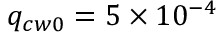
q _ { c w 0 } = 5 \times 1 0 ^ { - 4 }